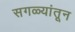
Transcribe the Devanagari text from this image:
सगळ्यांतून